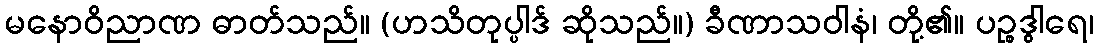
မနောဝိညာဏ ဓာတ်သည်။ (ဟသိတုပ္ပါဒ် ဆိုသည်။) ခီဏာသဝါနံ၊ တို့၏။ ပဉ္စဒွါရေ၊